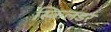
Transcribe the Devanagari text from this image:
स्किलडर